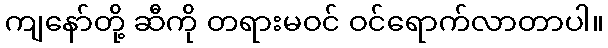
ကျနော်တို့ ဆီကို တရားမဝင် ဝင်ရောက်လာတာပါ။